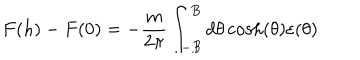
F ( h ) - F ( 0 ) = - \frac { m } { 2 \pi } \int _ { - B } ^ { B } d \theta \cosh ( \theta ) \varepsilon ( \theta )